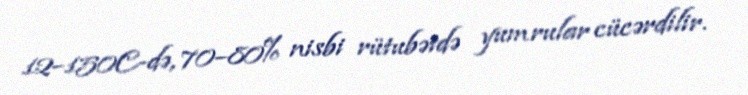
12–150C-də, 70–80% nisbi rütubətdə yumrular cücərdilir.